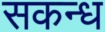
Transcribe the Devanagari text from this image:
सकन्ध